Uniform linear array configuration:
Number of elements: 64
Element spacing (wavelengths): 0.75
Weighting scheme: cosine
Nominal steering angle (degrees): -30
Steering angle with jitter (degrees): -29.452
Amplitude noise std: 0.05
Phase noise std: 0.05

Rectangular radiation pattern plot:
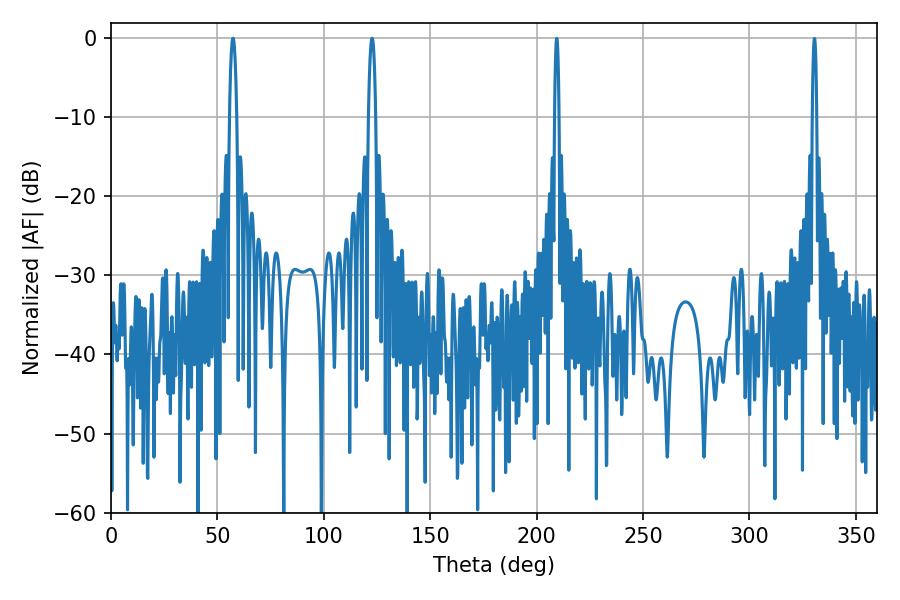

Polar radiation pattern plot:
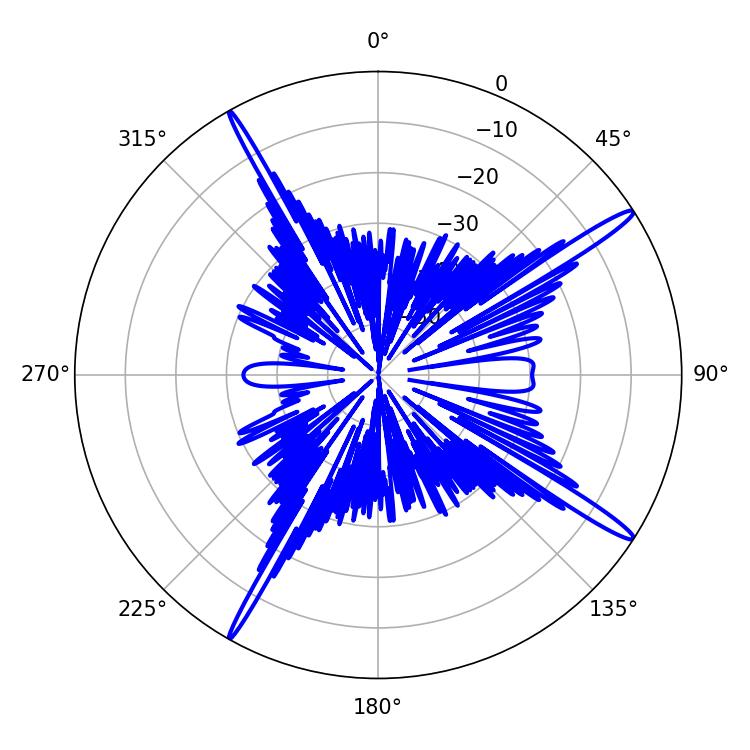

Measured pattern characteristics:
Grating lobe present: TRUE
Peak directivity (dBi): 16.791
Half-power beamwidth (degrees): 1.98
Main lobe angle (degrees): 122.76